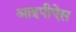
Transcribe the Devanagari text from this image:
आइपीऐस